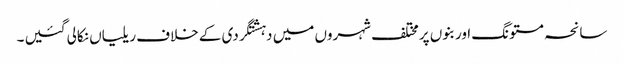
سانحہ مستونگ اور بنوں پرمختلف شہروں میں دہشتگردی کے خلاف ریلیاں نکالی گئیں ۔